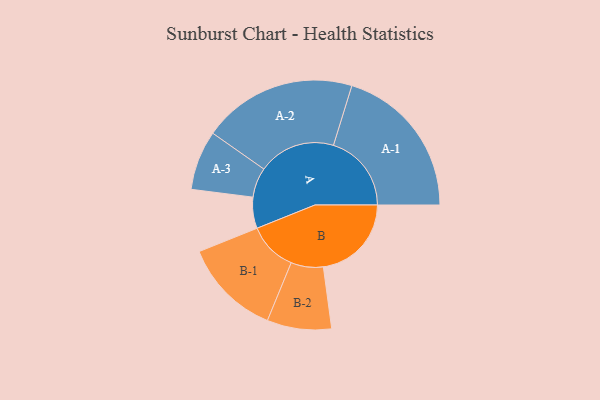
{"axis": {"x": "Segment", "y": "Value"}, "legend": ["", "A", "B"], "data": [{"x": "A", "y": 117, "type": ""}, {"x": "B", "y": 331, "type": ""}, {"x": "A-1", "y": 293, "type": "A"}, {"x": "A-2", "y": 290, "type": "A"}, {"x": "A-3", "y": 112, "type": "A"}, {"x": "B-1", "y": 184, "type": "B"}, {"x": "B-2", "y": 121, "type": "B"}]}